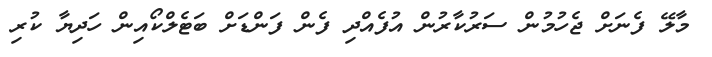
މާލޭ ފެނަށް ޖެހުމުން ސަރުކާރުން އުފެއްދި ފެން ފަންޑަށް ބަޓެލްކޯއިން ހަދިޔާ ކުރި